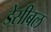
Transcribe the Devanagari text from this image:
डेसीबल